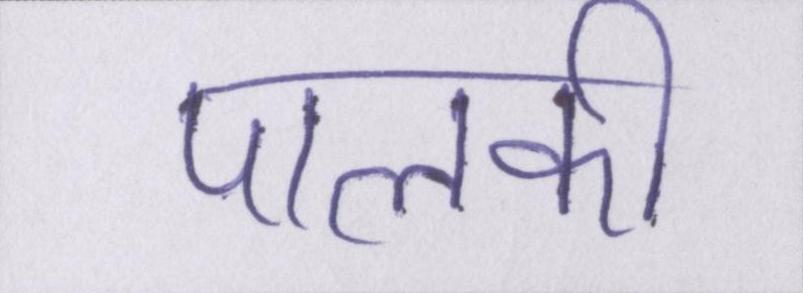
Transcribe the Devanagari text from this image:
पालकी